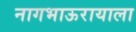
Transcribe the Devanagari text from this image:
नागभाऊरायाला